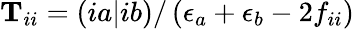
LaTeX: \mathbf{T}_{ii}=(ia\rvert ib)/\left(\epsilon_{a}+\epsilon_{b}-2f_{ii}\right)